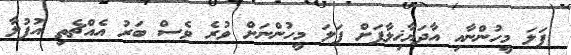
ފަލަ މީހުންނާއި އާދަޔާޚިލާފަށް ފަލަ މީހުންނަށް ވުރެ ވެސް ބަރު އެއްޗެތި އުފުލާ